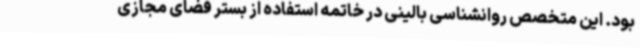
بود. این متخصص روانشناسی بالینی در خاتمه استفاده از بستر فضای مجازی